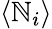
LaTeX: \langle\mathbb{N}_{i}\rangle